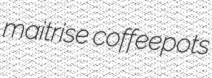
maitrise coffeepots